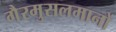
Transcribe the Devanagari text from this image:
गैरमुसलमानों